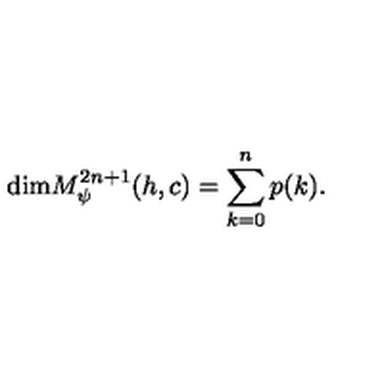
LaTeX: \mathrm { d i m } M _ { \psi } ^ { 2 n + 1 } ( h , c ) = \sum _ { k = 0 } ^ { n } p ( k ) .